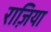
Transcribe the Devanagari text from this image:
राज़िया